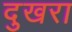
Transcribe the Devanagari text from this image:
दुखरा